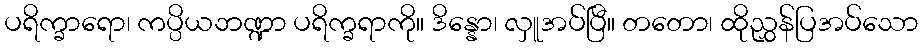
ပရိက္ခာရော၊ ကပ္ပိယဘဏ္ဍာ ပရိက္ခရာကို။ ဒိန္နော၊ လှူအပ်ပြီ။ တတော၊ ထိုညွှန်ပြအပ်သော